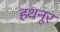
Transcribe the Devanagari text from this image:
हथनूर